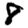
Digit: 8